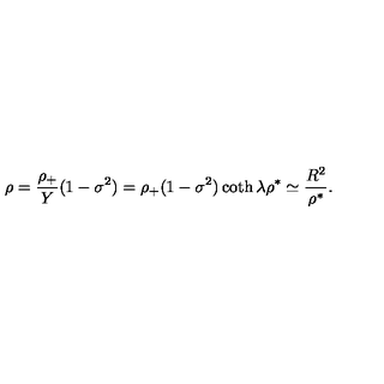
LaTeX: \rho = { \frac { \rho _ { + } } { Y } } ( 1 - \sigma ^ { 2 } ) = \rho _ { + } ( 1 - \sigma ^ { 2 } ) \coth \lambda \rho ^ { * } \simeq { \frac { R ^ { 2 } } { \rho ^ { * } } } .